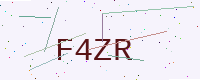
Text: F4ZR